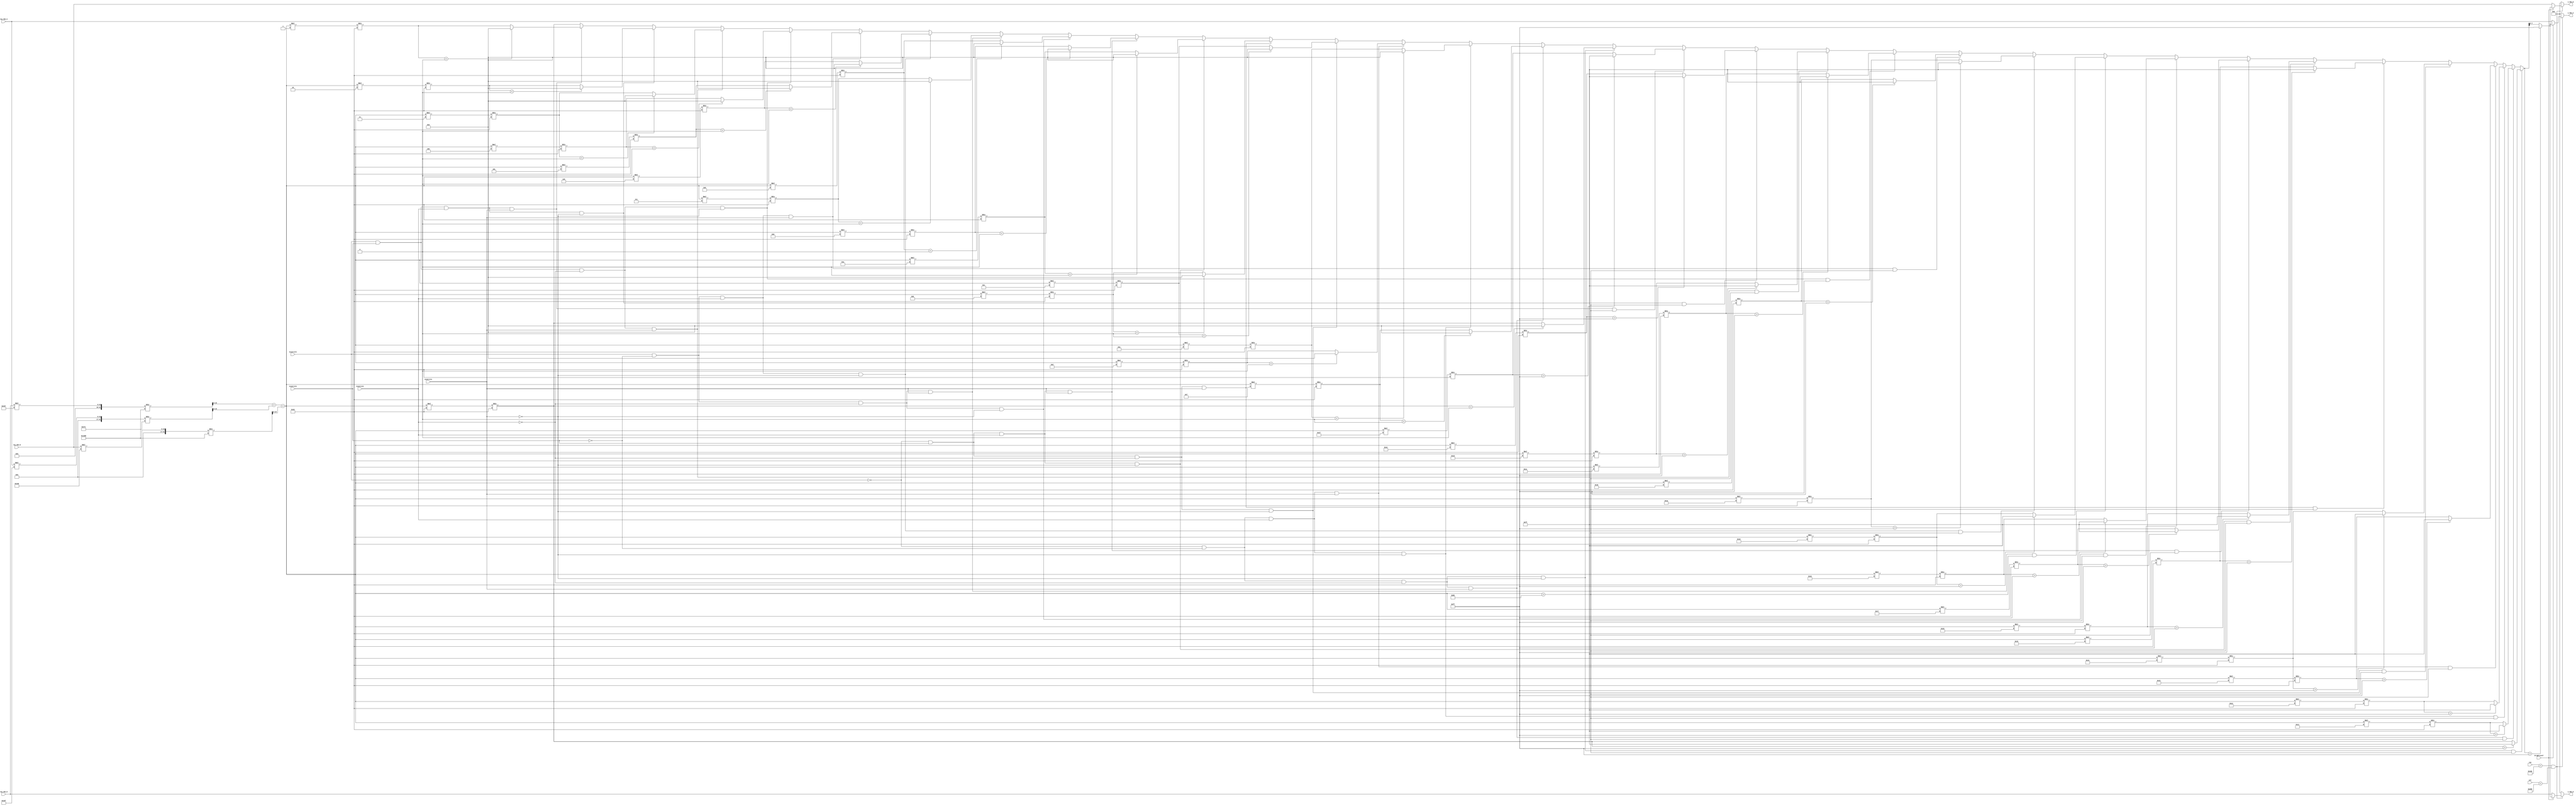
module RGB_Process(
	input  Icontrol1,
	input  Icontrol2,
	input  Icontrol3,
	input  Icontrol4,
	input  brightLevel,
	input  [7:0] raw_VGA_R,
	input  [7:0] raw_VGA_G,
	input  [7:0] raw_VGA_B,
	input  [12:0] row,
	input  [12:0] col,

	output reg [7:0] o_VGA_R,
	output reg [7:0] o_VGA_G,
	output reg [7:0] o_VGA_B
);

  reg [15:0] midpoint =                16'b0000000010000000;
  reg [15:0] redGray =                 16'b0000000000000000;
  reg [15:0] greenGray =               16'b0000000000000000;
  reg [15:0] blueGray =                16'b0000000000000000;
  reg [15:0] intensityTotal =          16'b0000000000000000;
  reg [15:0] intensityTotalNew =       16'b0000000000000000;
  reg [15:0] intensityDiff =           16'b0000000000000000;
  reg [15:0] redAdd =                  16'b0000000000000000;
  reg [15:0] greenAdd =                16'b0000000000000000;
  reg [15:0] blueAdd =                 16'b0000000000000000;
  reg [22:0] calcmIntensity =   23'b00000000000000000000000;
  reg [15:0] meanIntensity =           16'b0000000000000000;

always @(*)begin		 


if (row < 13'd478 && col < 13'd617) begin
	//convert RGB to grayscale
	redGray = ((raw_VGA_R*1063)/5000);
	greenGray = ((raw_VGA_G*447)/625);
	blueGray = ((raw_VGA_B*361)/5000);
	intensityTotal = redGray + greenGray + blueGray;
	//mean intensity calculation
	calcmIntensity = calcmIntensity + intensityTotal;
//	if (row == 13'd477 && col == 13'd616) begin
//		meanIntensity = calcmIntensity / 19'b1000111101111001000;
//	end
	
	meanIntensity = 16'b0000000010000000;
	
	//check intensityTotal against midpoint
	intensityTotalNew = (Icontrol4 == 0 && Icontrol3 == 0 && Icontrol2 == 0 && Icontrol1 == 0 && (intensityTotal > meanIntensity))?  (((intensityTotal*16'd16)/16'd16) > 8'b11111111)? 8'b11111111:((intensityTotal*16'd16)/16'd16):
							  (Icontrol4 == 0 && Icontrol3 == 0 && Icontrol2 == 0 && Icontrol1 == 1 && (intensityTotal > meanIntensity))?  (((intensityTotal*16'd17)/16'd16) > 8'b11111111)? 8'b11111111:((intensityTotal*16'd17)/16'd16):
							  (Icontrol4 == 0 && Icontrol3 == 0 && Icontrol2 == 1 && Icontrol1 == 0 && (intensityTotal > meanIntensity))?  (((intensityTotal*16'd18)/16'd16) > 8'b11111111)? 8'b11111111:((intensityTotal*16'd18)/16'd16): 
							  (Icontrol4 == 0 && Icontrol3 == 0 && Icontrol2 == 1 && Icontrol1 == 1 && (intensityTotal > meanIntensity))?  (((intensityTotal*16'd19)/16'd16) > 8'b11111111)? 8'b11111111:((intensityTotal*16'd19)/16'd16):
							  (Icontrol4 == 0 && Icontrol3 == 1 && Icontrol2 == 0 && Icontrol1 == 0 && (intensityTotal > meanIntensity))?  (((intensityTotal*16'd20)/16'd16) > 8'b11111111)? 8'b11111111:((intensityTotal*16'd20)/16'd16):
							  (Icontrol4 == 0 && Icontrol3 == 1 && Icontrol2 == 0 && Icontrol1 == 1 && (intensityTotal > meanIntensity))?  (((intensityTotal*16'd21)/16'd16) > 8'b11111111)? 8'b11111111:((intensityTotal*16'd21)/16'd16):
							  (Icontrol4 == 0 && Icontrol3 == 1 && Icontrol2 == 1 && Icontrol1 == 0 && (intensityTotal > meanIntensity))?  (((intensityTotal*16'd22)/16'd16) > 8'b11111111)? 8'b11111111:((intensityTotal*16'd22)/16'd16): 
							  (Icontrol4 == 0 && Icontrol3 == 1 && Icontrol2 == 1 && Icontrol1 == 1 && (intensityTotal > meanIntensity))?  (((intensityTotal*16'd23)/16'd16) > 8'b11111111)? 8'b11111111:((intensityTotal*16'd23)/16'd16):
							  (Icontrol4 == 1 && Icontrol3 == 0 && Icontrol2 == 0 && Icontrol1 == 0 && (intensityTotal > meanIntensity))?  (((intensityTotal*16'd24)/16'd16) > 8'b11111111)? 8'b11111111:((intensityTotal*16'd24)/16'd16):
							  (Icontrol4 == 1 && Icontrol3 == 0 && Icontrol2 == 0 && Icontrol1 == 1 && (intensityTotal > meanIntensity))?  (((intensityTotal*16'd25)/16'd16) > 8'b11111111)? 8'b11111111:((intensityTotal*16'd25)/16'd16):
							  (Icontrol4 == 1 && Icontrol3 == 0 && Icontrol2 == 1 && Icontrol1 == 0 && (intensityTotal > meanIntensity))?  (((intensityTotal*16'd26)/16'd16) > 8'b11111111)? 8'b11111111:((intensityTotal*16'd26)/16'd16): 
							  (Icontrol4 == 1 && Icontrol3 == 0 && Icontrol2 == 1 && Icontrol1 == 1 && (intensityTotal > meanIntensity))?  (((intensityTotal*16'd27)/16'd16) > 8'b11111111)? 8'b11111111:((intensityTotal*16'd27)/16'd16):
							  (Icontrol4 == 1 && Icontrol3 == 1 && Icontrol2 == 0 && Icontrol1 == 0 && (intensityTotal > meanIntensity))?  (((intensityTotal*16'd28)/16'd16) > 8'b11111111)? 8'b11111111:((intensityTotal*16'd28)/16'd16):
							  (Icontrol4 == 1 && Icontrol3 == 1 && Icontrol2 == 0 && Icontrol1 == 1 && (intensityTotal > meanIntensity))?  (((intensityTotal*16'd29)/16'd16) > 8'b11111111)? 8'b11111111:((intensityTotal*16'd29)/16'd16):
							  (Icontrol4 == 1 && Icontrol3 == 1 && Icontrol2 == 1 && Icontrol1 == 0 && (intensityTotal > meanIntensity))?  (((intensityTotal*16'd30)/16'd16) > 8'b11111111)? 8'b11111111:((intensityTotal*16'd30)/16'd16): 
							  (Icontrol4 == 1 && Icontrol3 == 1 && Icontrol2 == 1 && Icontrol1 == 1 && (intensityTotal > meanIntensity))?  (((intensityTotal*16'd31)/16'd16) > 8'b11111111)? 8'b11111111:((intensityTotal*16'd31)/16'd16):
							  (Icontrol4 == 0 && Icontrol3 == 0 && Icontrol2 == 0 && Icontrol1 == 0)?  (((intensityTotal*16'd16)/16'd16) < 8'b00000000)? 8'b00000000:((intensityTotal*16'd16)/16'd16):
							  (Icontrol4 == 0 && Icontrol3 == 0 && Icontrol2 == 0 && Icontrol1 == 1)?  (((intensityTotal*16'd15)/16'd16) < 8'b00000000)? 8'b00000000:((intensityTotal*16'd15)/16'd16):
							  (Icontrol4 == 0 && Icontrol3 == 0 && Icontrol2 == 1 && Icontrol1 == 0)?  (((intensityTotal*16'd14)/16'd16) < 8'b00000000)? 8'b00000000:((intensityTotal*16'd14)/16'd16):
							  (Icontrol4 == 0 && Icontrol3 == 0 && Icontrol2 == 1 && Icontrol1 == 1)?  (((intensityTotal*16'd13)/16'd16) < 8'b00000000)? 8'b00000000:((intensityTotal*16'd13)/16'd16):
							  (Icontrol4 == 0 && Icontrol3 == 1 && Icontrol2 == 0 && Icontrol1 == 0)?  (((intensityTotal*16'd12)/16'd16) < 8'b00000000)? 8'b00000000:((intensityTotal*16'd12)/16'd16):
							  (Icontrol4 == 0 && Icontrol3 == 1 && Icontrol2 == 0 && Icontrol1 == 1)?  (((intensityTotal*16'd11)/16'd16) < 8'b00000000)? 8'b00000000:((intensityTotal*16'd11)/16'd16):
							  (Icontrol4 == 0 && Icontrol3 == 1 && Icontrol2 == 1 && Icontrol1 == 0)?  (((intensityTotal*16'd10)/16'd16) < 8'b00000000)? 8'b00000000:((intensityTotal*16'd10)/16'd16):
							  (Icontrol4 == 0 && Icontrol3 == 1 && Icontrol2 == 1 && Icontrol1 == 1)?  (((intensityTotal*16'd9)/16'd16) < 8'b00000000)? 8'b00000000:((intensityTotal*16'd9)/16'd16):
							  (Icontrol4 == 1 && Icontrol3 == 0 && Icontrol2 == 0 && Icontrol1 == 0)?  (((intensityTotal*16'd8)/16'd16) < 8'b00000000)? 8'b00000000:((intensityTotal*16'd8)/16'd16):
							  (Icontrol4 == 1 && Icontrol3 == 0 && Icontrol2 == 0 && Icontrol1 == 1)?  (((intensityTotal*16'd7)/16'd16) < 8'b00000000)? 8'b00000000:((intensityTotal*16'd7)/16'd16):
							  (Icontrol4 == 1 && Icontrol3 == 0 && Icontrol2 == 1 && Icontrol1 == 0)?  (((intensityTotal*16'd6)/16'd16) < 8'b00000000)? 8'b00000000:((intensityTotal*16'd6)/16'd16):
							  (Icontrol4 == 1 && Icontrol3 == 0 && Icontrol2 == 1 && Icontrol1 == 1)?  (((intensityTotal*16'd5)/16'd16) < 8'b00000000)? 8'b00000000:((intensityTotal*16'd5)/16'd16):
							  (Icontrol4 == 1 && Icontrol3 == 1 && Icontrol2 == 0 && Icontrol1 == 0)?  (((intensityTotal*16'd4)/16'd16) < 8'b00000000)? 8'b00000000:((intensityTotal*16'd4)/16'd16):
							  (Icontrol4 == 1 && Icontrol3 == 1 && Icontrol2 == 0 && Icontrol1 == 1)?  (((intensityTotal*16'd3)/16'd16) < 8'b00000000)? 8'b00000000:((intensityTotal*16'd3)/16'd16):
							  (Icontrol4 == 1 && Icontrol3 == 1 && Icontrol2 == 1 && Icontrol1 == 0)?  (((intensityTotal*16'd2)/16'd16) < 8'b00000000)? 8'b00000000:((intensityTotal*16'd2)/16'd16):
							  (Icontrol4 == 1 && Icontrol3 == 1 && Icontrol2 == 1 && Icontrol1 == 1)?  (((intensityTotal*16'd1)/16'd16) < 8'b00000000)? 8'b00000000:((intensityTotal*16'd1)/16'd16):((intensityTotal*16'd16)/16'd16);
							  
	//find difference between old intensity and new intensity
	o_VGA_R = (brightLevel == 1)? (intensityTotalNew > 8'b11111111)? 8'b11111111:intensityTotalNew:raw_VGA_R;
   o_VGA_G = (brightLevel == 1)? (intensityTotalNew > 8'b11111111)? 8'b11111111:intensityTotalNew:raw_VGA_G;
   o_VGA_B = (brightLevel == 1)? (intensityTotalNew > 8'b11111111)? 8'b11111111:intensityTotalNew:raw_VGA_B;
//	intensityDiff = (intensityTotalNew < intensityTotal)? intensityTotal - intensityTotalNew: intensityTotalNew - intensityTotal;
//	//calculate proportion of change of each channel
//	redAdd = (intensityDiff*1000)/(4000 + 737);
//	greenAdd = (intensityDiff*5000)/(5000 + 1991);
//	blueAdd = (intensityDiff*20)/(260 + 17);
//	o_VGA_R = (brightLevel == 1)? ((raw_VGA_R + redAdd) > 8'b11111111)? 8'b11111111:(raw_VGA_R + redAdd):raw_VGA_R;
//	o_VGA_G = (brightLevel == 1)? ((raw_VGA_G + greenAdd) > 8'b11111111)? 8'b11111111:(raw_VGA_G + greenAdd):raw_VGA_G;
//	o_VGA_B = (brightLevel == 1)? ((raw_VGA_B + blueAdd) > 8'b11111111)? 8'b11111111:(raw_VGA_B + blueAdd):raw_VGA_B;
	
end

else begin //camera out of the range should always be 0
	o_VGA_R = 8'b000000000;
	o_VGA_G = 8'b000000000;
	o_VGA_B = 8'b000000000;

	end
end

endmodule